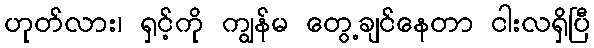
ဟုတ်လား၊ ရှင့်ကို ကျွန်မ တွေ့ချင်နေတာ ငါးလရှိပြီ